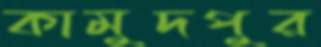
কামুদপুর